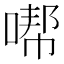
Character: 𱓮